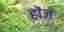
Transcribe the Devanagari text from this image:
होंज़